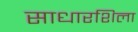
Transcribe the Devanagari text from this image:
साधारशिला